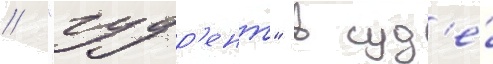
// "гудр'ент" в суд'е́